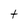
Character: t